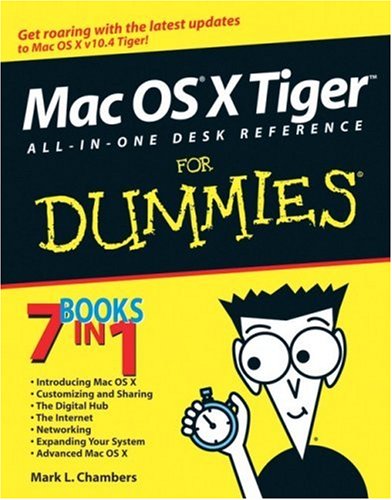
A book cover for Mac OS X Tiger All-in-One Desk Reference For Dummies (For Dummies (Computers)); Mark L. Chambers; Computers & Technology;